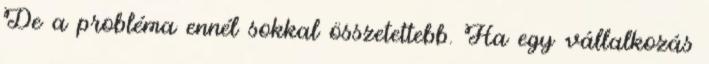
De a probléma ennél sokkal összetettebb. Ha egy vállalkozás